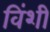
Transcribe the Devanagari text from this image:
विंशी